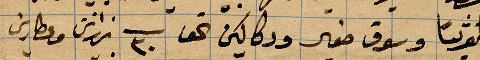
تقريبًأ وسوق صغير ودكاكين نحو ٣٠ زنارين وعطارين